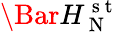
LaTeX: \Bar{H}_{\mathrm{~N~}}^{\mathrm{~s~t~}}